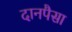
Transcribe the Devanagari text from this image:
दानपैसा